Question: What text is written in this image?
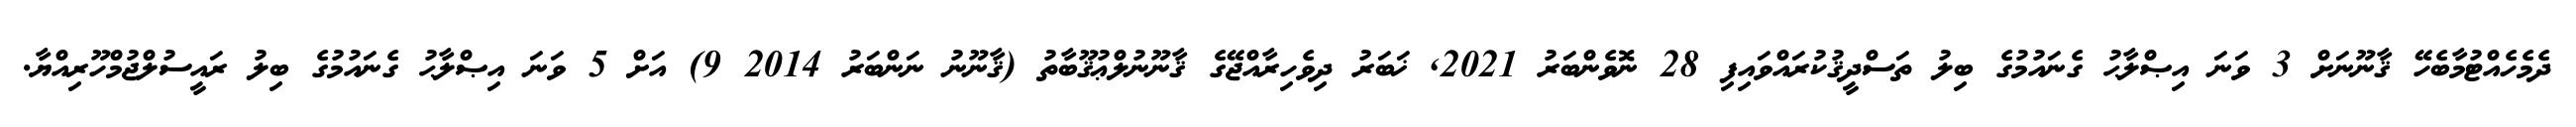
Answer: ދެމެހެއްޓުމާބެހޭ ޤާނޫނަށް 3 ވަނަ އިޞްލާޙު ގެނައުމުގެ ބިލު ތަސްދީޤުކުރައްވައިފި 28 ނޮވެންބަރު 2021, ޚަބަރު ދިވެހިރާއްޖޭގެ ޤާނޫނުލްޢުޤޫބާތު (ޤާނޫނު ނަންބަރު 2014 9) އަށް 5 ވަނަ އިޞްލާޙު ގެނައުމުގެ ބިލު ރައީސުލްޖުމްހޫރިއްޔާ.